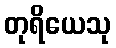
တုရိယေသု